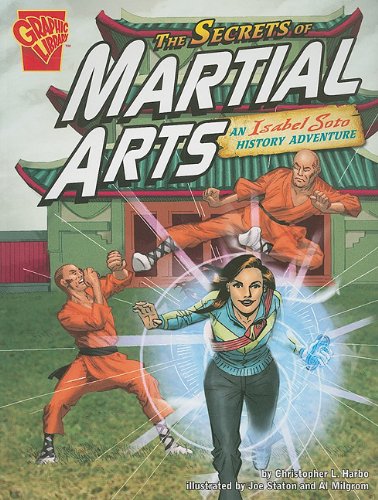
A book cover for The Secrets of Martial Arts: An Isabel Soto History Adventure (Graphic Expeditions); Christopher L. Harbo; Children's Books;